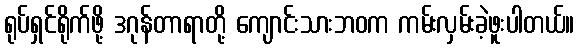
ရုပ်ရှင်ရိုက်ဖို့ ဒဂုန်တာရာတို့ ကျောင်းသားဘဝက ကမ်းလှမ်းခဲ့ဖူးပါတယ်။